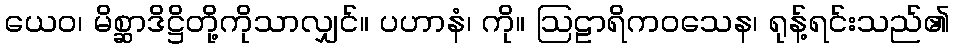
ယေဝ၊ မိစ္ဆာဒိဋ္ဌိတို့ကိုသာလျှင်။ ပဟာနံ၊ ကို။ ဩဠာရိကဝသေန၊ ရုန့်ရင်းသည်၏